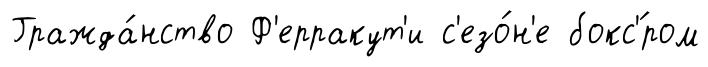
Гражда́нство Ф'ерракут'и с'езо́н'е бокс'́ром